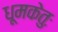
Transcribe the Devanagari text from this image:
धूमकेतुः